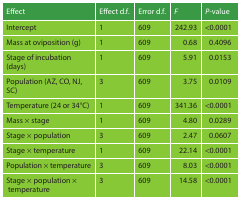
<table><thead><tr><td><b>Effect</b></td><td><b>Effect d.f.</b></td><td><b>Error d.f.</b></td><td><b><i>F</i></b></td><td><b><i>P</i>-value</b></td></tr></thead><tbody><tr><td>Intercept</td><td>1</td><td>609</td><td>242.93</td><td>&lt;0.0001</td></tr><tr><td>Mass at oviposition (g)</td><td>1</td><td>609</td><td>0.68</td><td>0.4096</td></tr><tr><td>Stage of incubation (days)</td><td>1</td><td>609</td><td>5.91</td><td>0.0153</td></tr><tr><td>Population (AZ, CO, NJ, SC)</td><td>3</td><td>609</td><td>3.75</td><td>0.0109</td></tr><tr><td>Temperature (24 or 34°C)</td><td>1</td><td>609</td><td>341.36</td><td>&lt;0.0001</td></tr><tr><td>Mass × stage</td><td>1</td><td>609</td><td>4.80</td><td>0.0289</td></tr><tr><td>Stage × population</td><td>3</td><td>609</td><td>2.47</td><td>0.0607</td></tr><tr><td>Stage × temperature</td><td>1</td><td>609</td><td>22.14</td><td>&lt;0.0001</td></tr><tr><td>Population × temperature</td><td>3</td><td>609</td><td>8.03</td><td>&lt;0.0001</td></tr><tr><td>Stage × population × temperature</td><td>3</td><td>609</td><td>14.58</td><td>&lt;0.0001</td></tr></tbody></table>